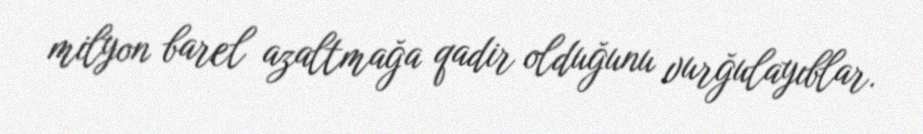
milyon barel azaltmağa qadir olduğunu vurğulayıblar.